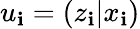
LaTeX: u_{\mathbf{i}}=\left(z_{\mathbf{i}}|x_{\mathbf{i}}\right)